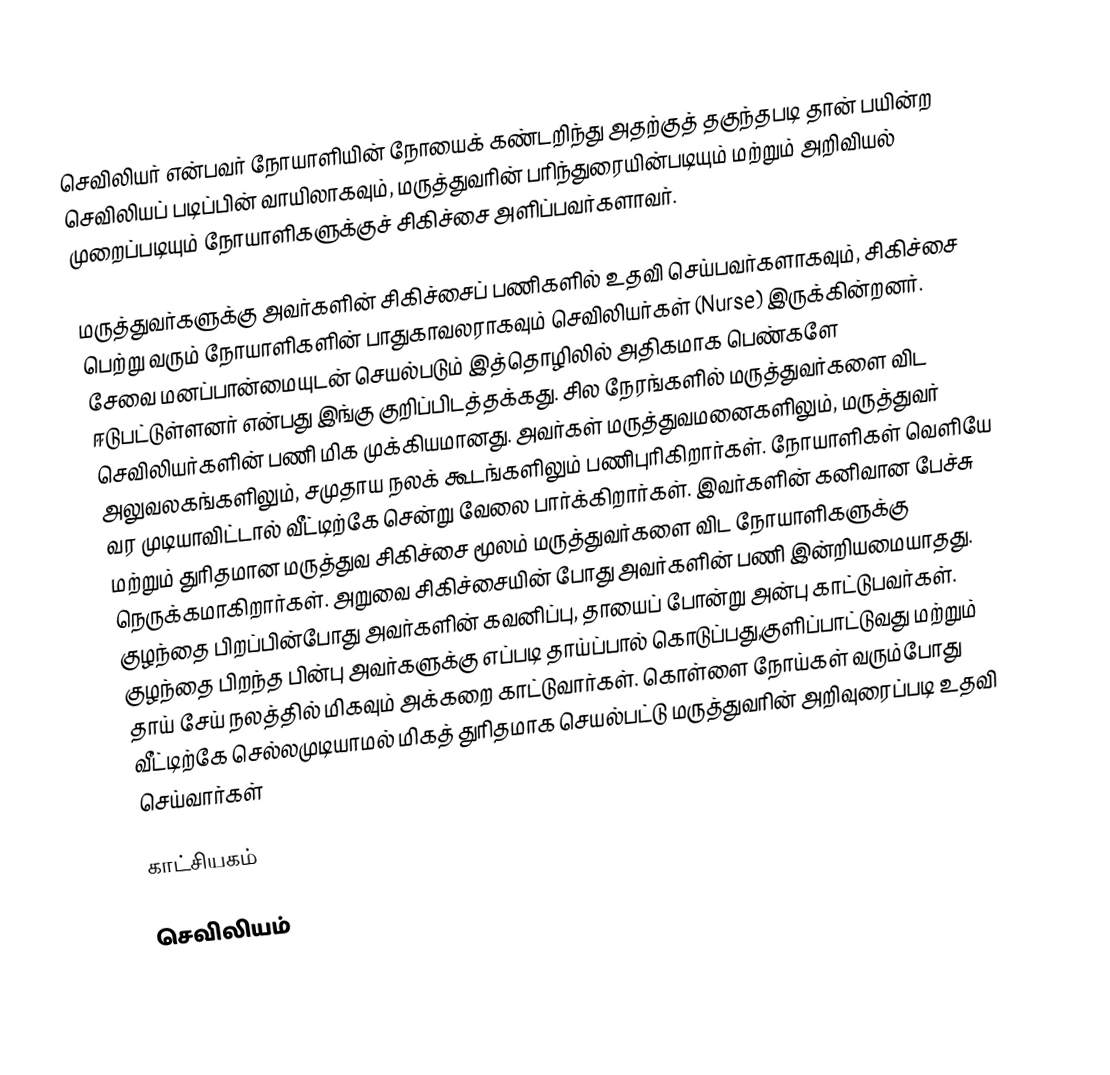
செவிலியர் என்பவர் நோயாளியின் நோயைக் கண்டறிந்து அதற்குத் தகுந்தபடி தான் பயின்ற செவிலியப் படிப்பின் வாயிலாகவும், மருத்துவரின் பரிந்துரையின்படியும் மற்றும் அறிவியல் முறைப்படியும் நோயாளிகளுக்குச் சிகிச்சை அளிப்பவர்களாவர்.

மருத்துவர்களுக்கு அவர்களின் சிகிச்சைப் பணிகளில் உதவி செய்பவர்களாகவும், சிகிச்சை பெற்று வரும் நோயாளிகளின் பாதுகாவலராகவும் செவிலியர்கள் (Nurse) இருக்கின்றனர். சேவை மனப்பான்மையுடன் செயல்படும் இத்தொழிலில் அதிகமாக பெண்களே ஈடுபட்டுள்ளனர் என்பது இங்கு குறிப்பிடத்தக்கது. சில நேரங்களில் மருத்துவர்களை விட  செவிலியர்களின் பணி மிக முக்கியமானது. அவர்கள் மருத்துவமனைகளிலும், மருத்துவர் அலுவலகங்களிலும், சமுதாய நலக் கூடங்களிலும் பணிபுரிகிறார்கள். நோயாளிகள் வெளியே வர முடியாவிட்டால்  வீட்டிற்கே சென்று வேலை பார்க்கிறார்கள். இவர்களின் கனிவான பேச்சு மற்றும் துரிதமான மருத்துவ சிகிச்சை மூலம் மருத்துவர்களை விட நோயாளிகளுக்கு நெருக்கமாகிறார்கள். அறுவை சிகிச்சையின் போது அவர்களின் பணி இன்றியமையாதது. குழந்தை பிறப்பின்போது அவர்களின்  கவனிப்பு, தாயைப் போன்று அன்பு காட்டுபவர்கள்.  குழந்தை பிறந்த பின்பு அவர்களுக்கு  எப்படி தாய்ப்பால் கொடுப்பது,குளிப்பாட்டுவது  மற்றும் தாய் சேய் நலத்தில் மிகவும் அக்கறை காட்டுவார்கள். கொள்ளை நோய்கள் வரும்போது வீட்டிற்கே செல்லமுடியாமல் மிகத் துரிதமாக செயல்பட்டு மருத்துவரின் அறிவுரைப்படி உதவி செய்வார்கள்

காட்சியகம்

செவிலியம்

la:Nutrix